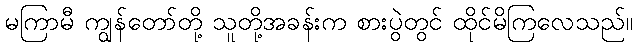
မကြာမီ ကျွန်တော်တို့ သူတို့အခန်းက စားပွဲတွင် ထိုင်မိကြလေသည်။